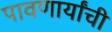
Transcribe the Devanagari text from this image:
पावणार्यांची